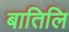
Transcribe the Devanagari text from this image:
बातिलि